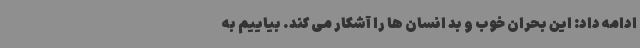
ادامه داد: این بحران خوب و بد انسان ها را آشکار می کند. بیاییم به